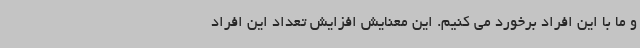
و ما با این افراد برخورد می کنیم. این معنایش افزایش تعداد این افراد